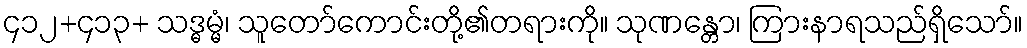
၄၁၂+၄၁၃+ သဒ္ဓမ္မံ၊ သူတော်ကောင်းတို့၏တရားကို။ သုဏန္တော၊ ကြားနာရသည်ရှိသော်။